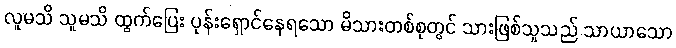
လူမသိ သူမသိ ထွက်ပြေး ပုန်းရှောင်နေရသော မိသားတစ်စုတွင် သားဖြစ်သူသည် သာယာသော